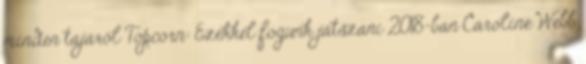
minden tájáról Topcorn: Ezekkel fogunk játszani 2018-ban Caroline Webb